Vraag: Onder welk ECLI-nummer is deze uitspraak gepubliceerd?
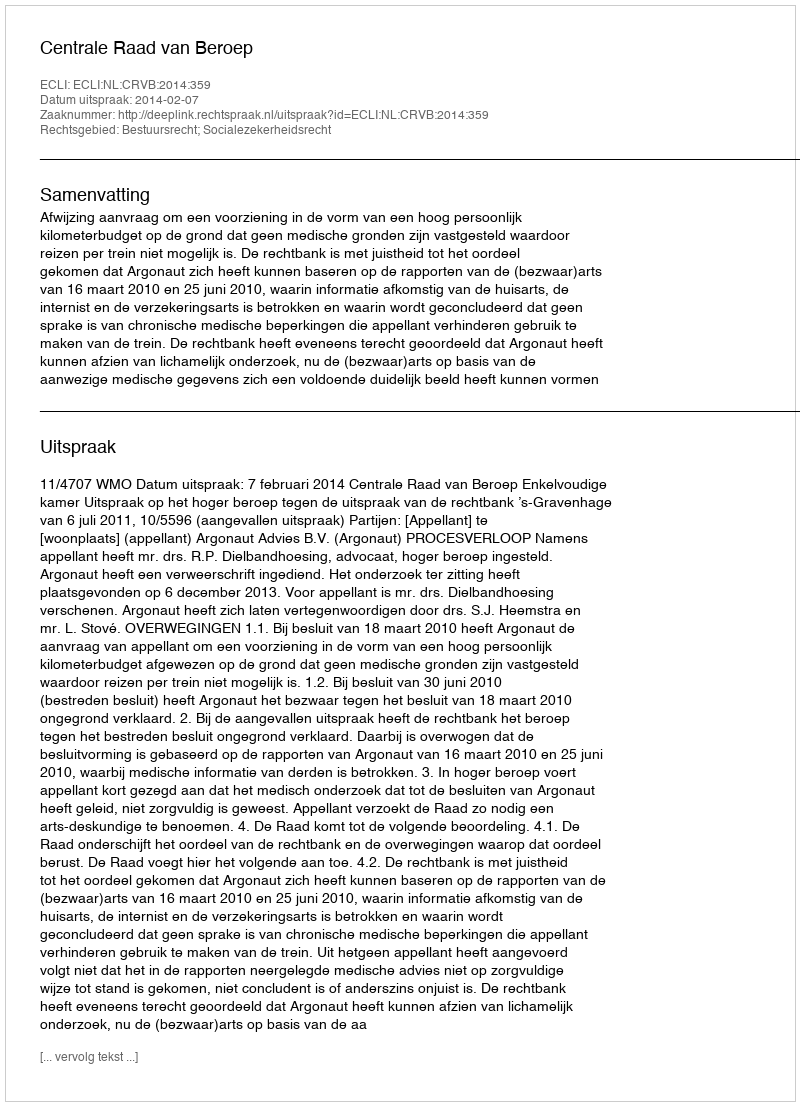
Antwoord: ECLI:NL:CRVB:2014:359